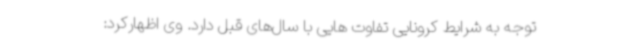
توجه به شرایط کرونایی تفاوت هایی با سال‌های قبل دارد. وی اظهارکرد: